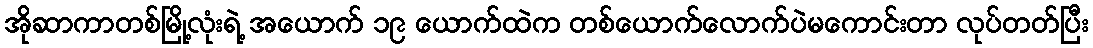
အိုဆာကာတစ်မြို့လုံးရဲ့ အယောက် ၁၉ ယောက်ထဲက တစ်ယောက်လောက်ပဲမကောင်းတာ လုပ်တတ်ပြီး